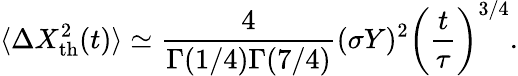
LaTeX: \langle\Delta X_{\mathrm{th}}^{2}(t)\rangle\simeq\frac{4}{\Gamma(1/4)\Gamma(7/4)}(\sigma Y)^{2}\left(\frac{t}{\tau}\right)^{3/4}.